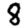
Digit: 8